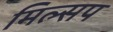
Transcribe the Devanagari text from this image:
मिल्सप